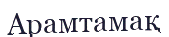
Арамтамақ